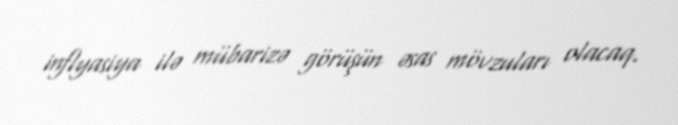
inflyasiya ilə mübarizə görüşün əsas mövzuları olacaq.